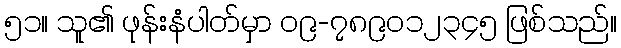
၅၁။ သူ၏ ဖုန်းနံပါတ်မှာ ၀၉-၇၈၉၀၁၂၃၄၅ ဖြစ်သည်။